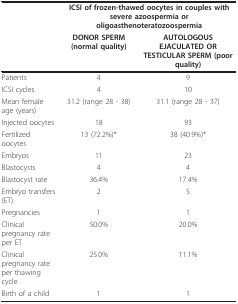
<table><thead><tr><td></td><td colspan="2"><b>ICSI of frozen-thawed oocytes in couples with severe azoospermia or oligoasthenoteratozoospermia</b></td></tr><tr><td></td><td><b>DONOR SPERM (normal quality)</b></td><td><b>AUTOLOGOUS EJACULATED OR TESTICULAR SPERM (poor quality)</b></td></tr></thead><tbody><tr><td>Patients</td><td>4</td><td>9</td></tr><tr><td>ICSI cycles</td><td>4</td><td>10</td></tr><tr><td>Mean female age (years)</td><td>31.2 (range 28 - 38)</td><td>31.1 (range 28 - 37)</td></tr><tr><td>Injected oocytes</td><td>18</td><td>93</td></tr><tr><td>Fertilized oocytes</td><td>13 (72.2%)*</td><td>38 (40.9%)*</td></tr><tr><td>Embryos</td><td>11</td><td>23</td></tr><tr><td>Blastocysts</td><td>4</td><td>4</td></tr><tr><td>Blastocyst rate</td><td>36.4%</td><td>17.4%</td></tr><tr><td>Embryo transfers (ET)</td><td>2</td><td>5</td></tr><tr><td>Pregnancies</td><td>1</td><td>1</td></tr><tr><td>Clinical pregnancy rate per ET</td><td>50.0%</td><td>20.0%</td></tr><tr><td>Clinical pregnancy rate per thawing cycle</td><td>25.0%</td><td>11.1%</td></tr><tr><td>Birth of a child</td><td>1</td><td>1</td></tr></tbody></table>